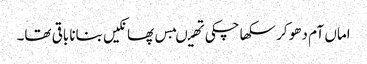
اماں آم دھو کر سکھا چکی تھیںبس پھانکیں بنانا باقی تھا۔